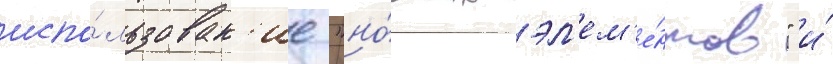
испо́льзован'ие "но́вых эл'ем'е́нтов" и́